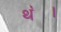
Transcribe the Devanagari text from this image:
थ॓।